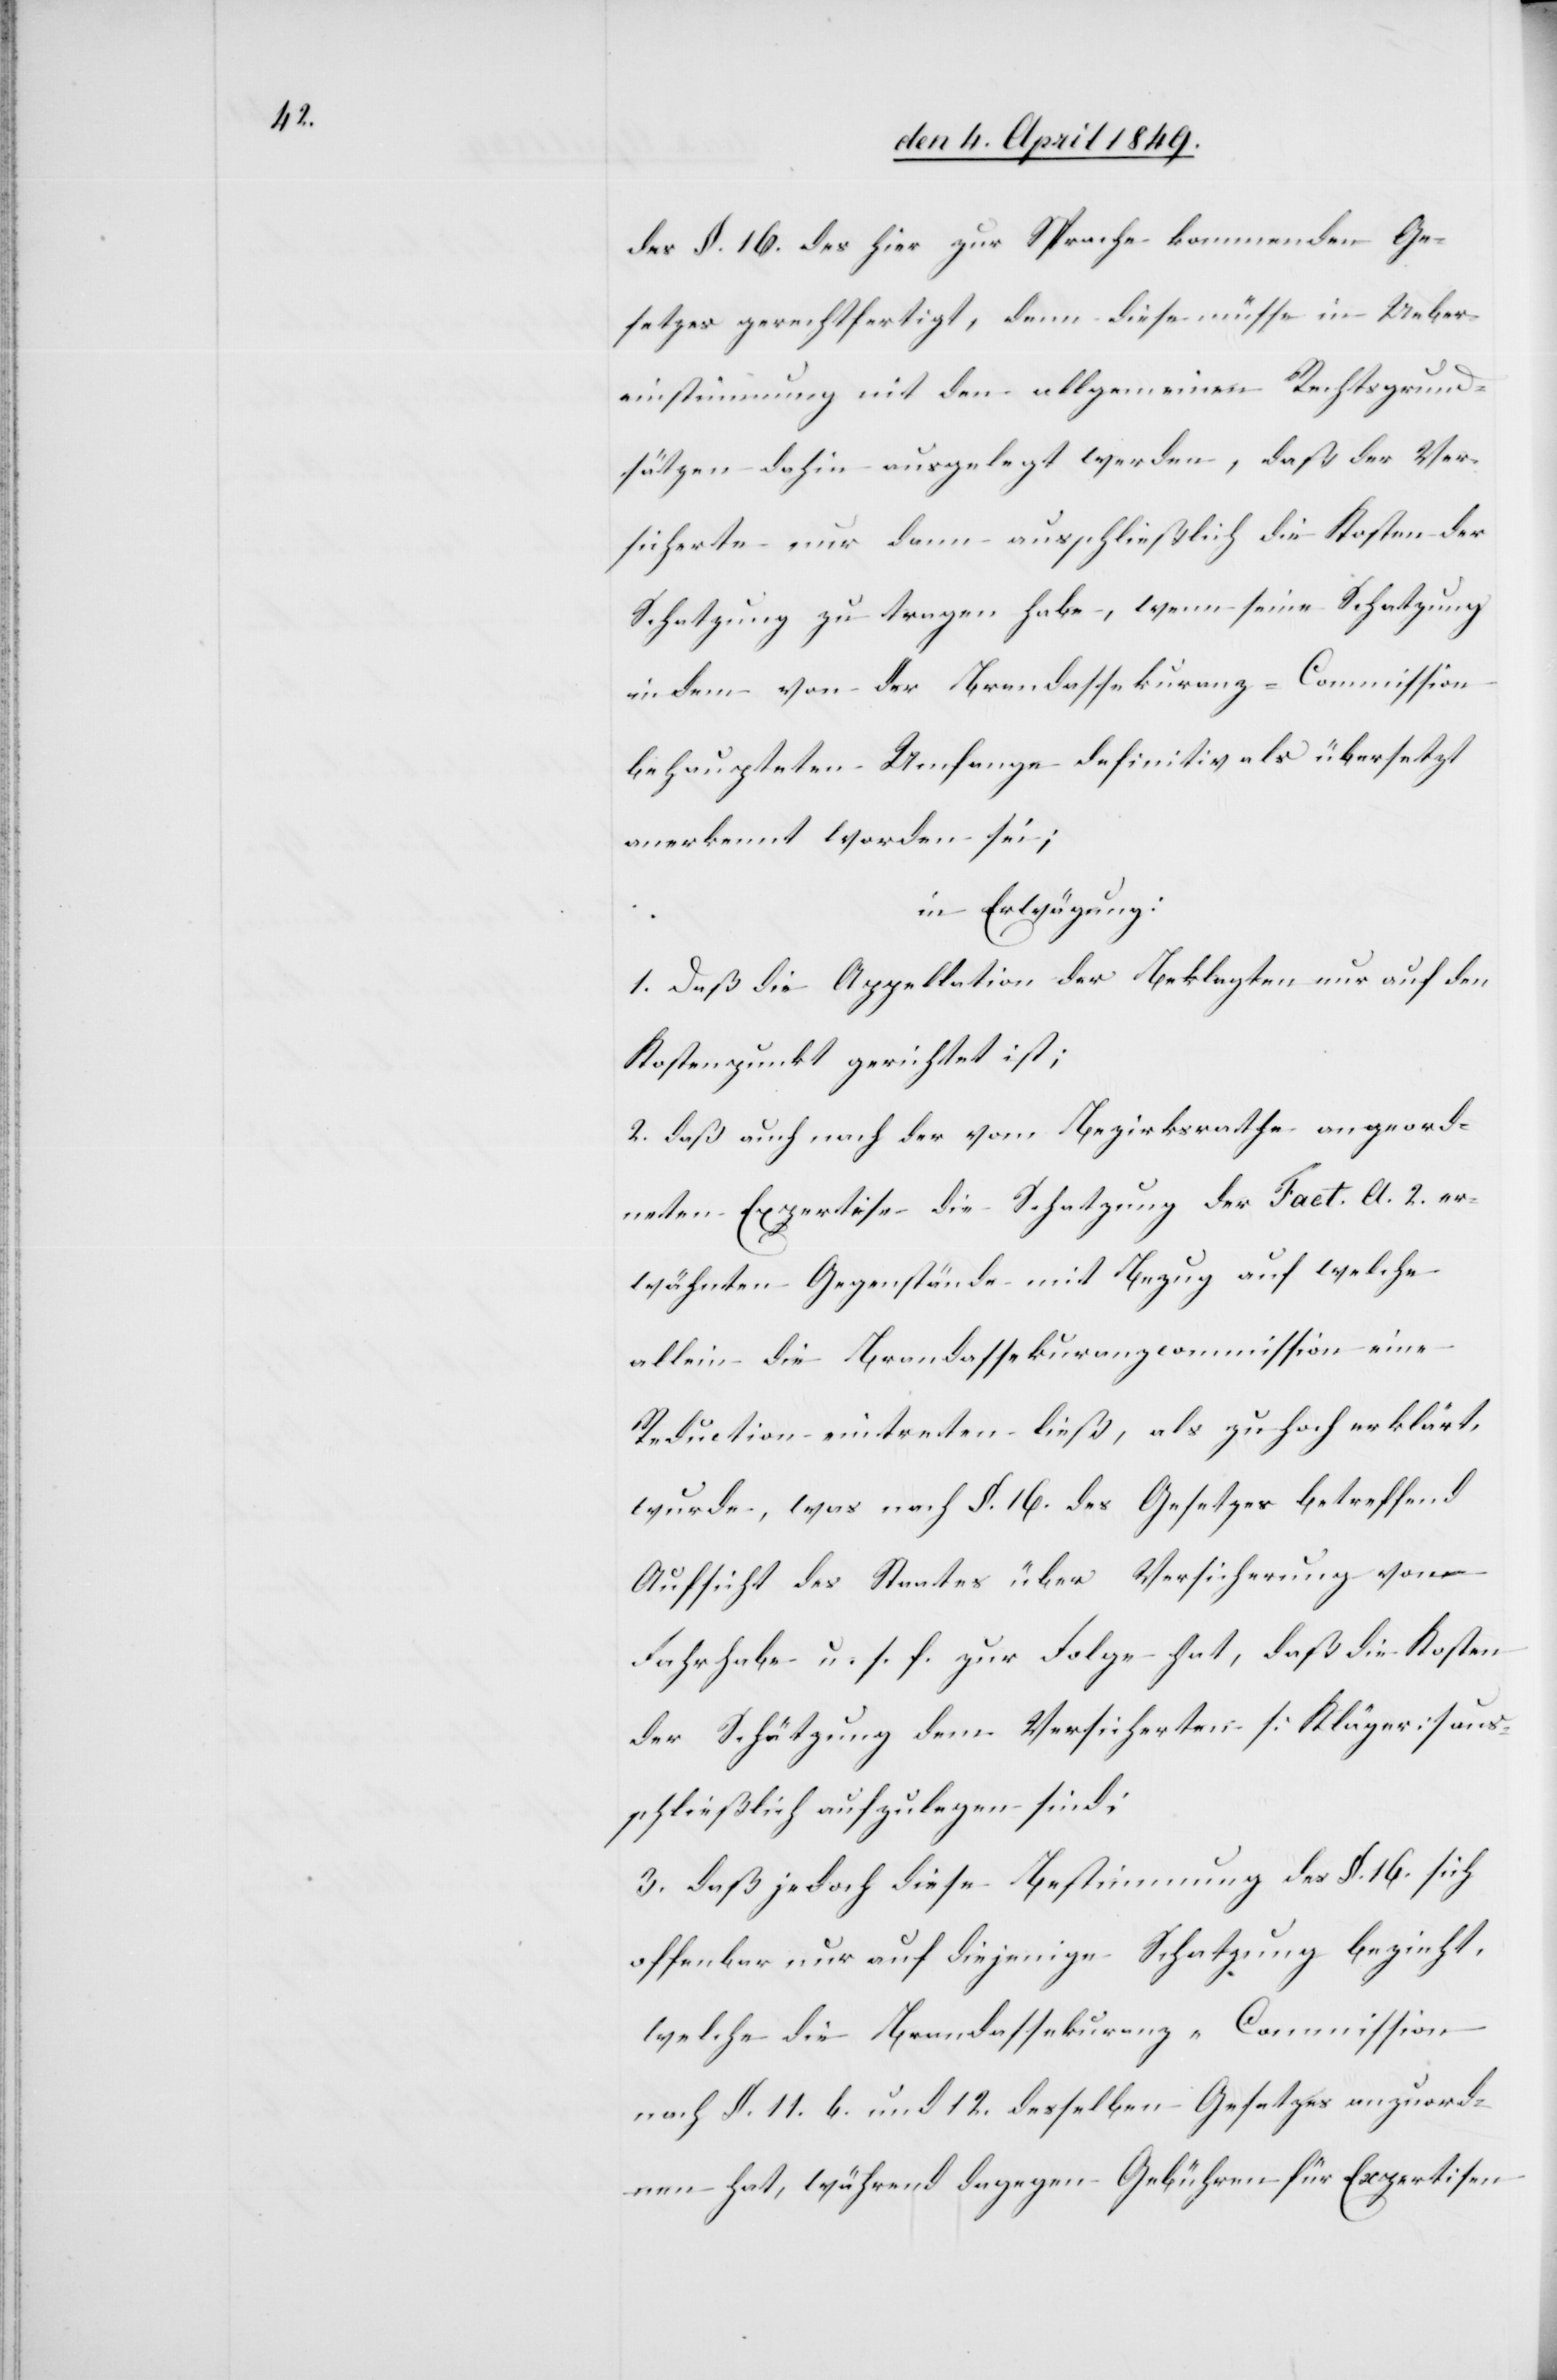
des §. 16. des hier zur Sprache kommenden Ge¬
setzes gerechtfertigt, denn diese müsse in Ueber¬
einstimmung mit den allgemeinen Rechtsgrund¬
sätzen dahin ausgelegt werden, daß der Ver¬
sicherte nur dann ausschließlich die Kosten der
Schatzung zu tragen habe, wenn seine Schatzung
in dem von der Brandassekuranz-Commission
behaupteten Umfange definitiv als übersetzt
anerkennt worden sei;
in Erwägung:
1. Daß die Appellation der Beklagten nur auf den
Kostenpunkt gerichtet ist;
2. daß auch nach der vom Bezirksrathe angeord¬
neten Expertise die Schatzung der Fact. A. 2. er¬
wähnten Gegenstände mit Bezug auf welche
allein die Brandassekuranzcommission eine
Reduction eintreten ließ, als zu hoch erklärt,
wurde, was nach §. 16. des Gesetzes betreffend
Aufsicht des Staates über Versicherung von
Fahrhabe u. s. f. zur Folge hat, daß die Kosten
der Schätzung dem Versicherten [Kläger] aus¬
schließlich aufzulegen sind;
3. daß jedoch diese Bestimmung des §. 16. sich
offenbar nur auf diejenige Schatzung bezieht,
welche die Brandassekuranz-Commission
nach §. 11. b. und 12. desselben Gesetzes anzuord¬
nen hat, während dagegen Gebühren für Expertisen